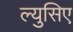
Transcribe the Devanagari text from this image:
ल्युसिए